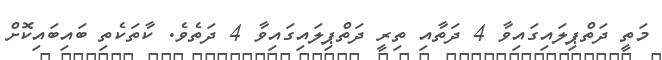
މަތީ ދަތްޕިލައިގައިވާ 4 ދަތާއި ތިރީ ދަތްޕިލައިގައިވާ 4 ދަތެވެ. ކާތަކެތި ބައިބައިކޮށް